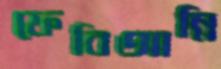
ফেবিআন্নি